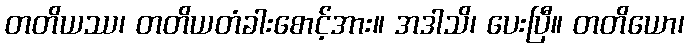
တတိယဿ၊ တတိယတံခါးစောင့်အား။ အဒါသိ၊ ပေးပြီ။ တတိယော၊